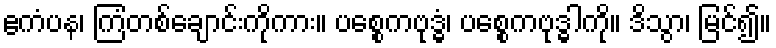
ဧကံပန၊ ကြံတစ်ချောင်းကိုကား။ ပစ္စေကဗုဒ္ဓံ၊ ပစ္စေကဗုဒ္ဓါကို။ ဒိသွာ၊ မြင်၍။